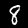
Label: 8